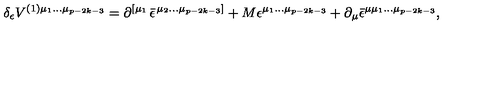
\delta _ { \epsilon } V ^ { ( 1 ) \mu _ { 1 } \ldots \mu _ { p - 2 k - 3 } } = \partial ^ { \left[ \mu _ { 1 } \right. } \bar { \epsilon } ^ { \left. \mu _ { 2 } \ldots \mu _ { p - 2 k - 3 } \right] } + M \epsilon ^ { \mu _ { 1 } \ldots \mu _ { p - 2 k - 3 } } + \partial _ { \mu } \bar { \epsilon } ^ { \mu \mu _ { 1 } \ldots \mu _ { p - 2 k - 3 } } ,